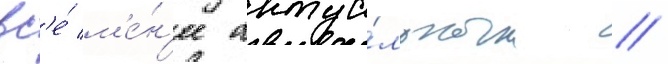
вс'е́ м'е́н'ее актуа́льным //